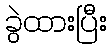
ခွဲထားပြီး